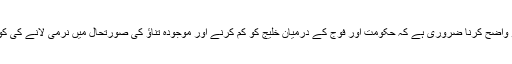
ان تعلقات کو اچھے انداز سے استوار کرنے کے لیے اقدامات تجویز کرنے سے پہلے اس امر کو واضح کرنا ضروری ہے کہ حکومت اور فوج کے درمیان خلیج کو کم کرنے اور موجودہ تناؤ کی صورتحال میں نرمی لانے کی کوشش صرف اس وجہ سے ضروری نہیں ہے کہ پاکستان میں موجودہ بحران کو حل کیا جا سکے۔